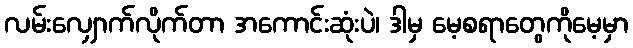
လမ်းလျှောက်လိုက်တာ အကောင်းဆုံးပဲ၊ ဒါမှ မေ့စရာတွေကိုမေ့မှာ